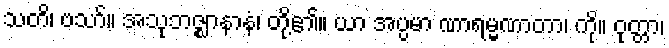
သတိ၊ ဗသာ်။ အသုဘဇ္ဈာနာနံ၊ တို့၏။ ယာ အပ္ပမာ ဏာရမ္မဏာတာ၊ ကို။ ဝုတ္တာ၊